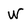
Character: W